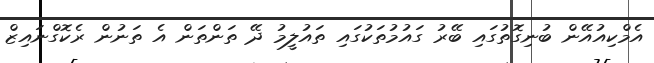
އެމްކިއުއޭން ބުނިގޮތުގައި ބޭރު ގައުމުތަކުގައި ތައުލީމު ދޭ ތަންތަން އެ ތަނުން ރެކޮގްނައިޒް